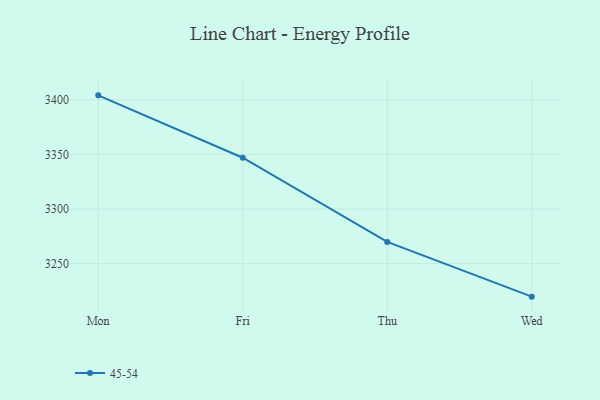
{"axis": {"x": "Day", "y": "Operating Costs (USD K)"}, "legend": ["45-54"], "data": [{"x": "Mon", "y": 3404.1, "type": "45-54"}, {"x": "Fri", "y": 3347.0, "type": "45-54"}, {"x": "Thu", "y": 3269.9, "type": "45-54"}, {"x": "Wed", "y": 3219.8, "type": "45-54"}]}